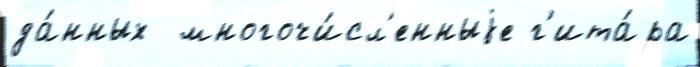
да́нных  многочи́сл'енныjе г'ита́ра